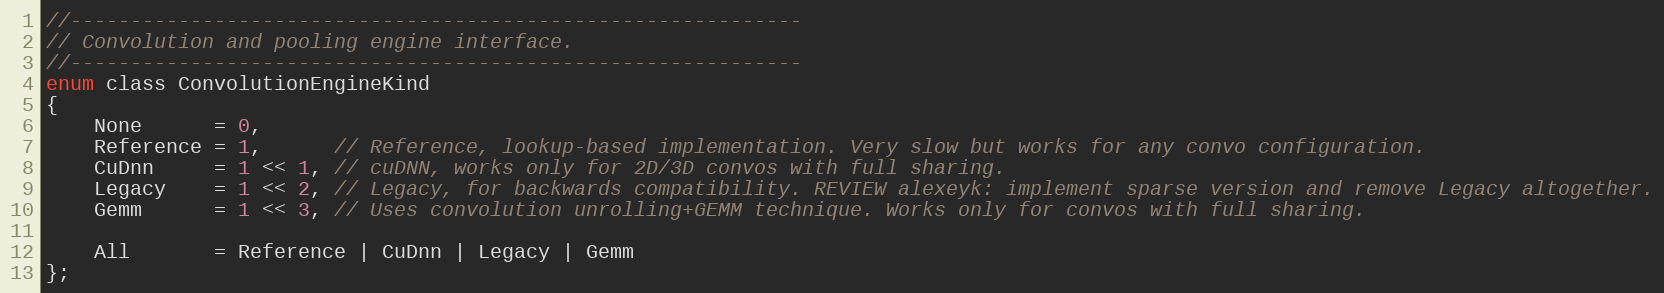
Language: C
//-------------------------------------------------------------
// Convolution and pooling engine interface.
//-------------------------------------------------------------
enum class ConvolutionEngineKind
{
    None      = 0,
    Reference = 1,      // Reference, lookup-based implementation. Very slow but works for any convo configuration.
    CuDnn     = 1 << 1, // cuDNN, works only for 2D/3D convos with full sharing.
    Legacy    = 1 << 2, // Legacy, for backwards compatibility. REVIEW alexeyk: implement sparse version and remove Legacy altogether.
    Gemm      = 1 << 3, // Uses convolution unrolling+GEMM technique. Works only for convos with full sharing.

    All       = Reference | CuDnn | Legacy | Gemm
};